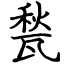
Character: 甃